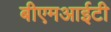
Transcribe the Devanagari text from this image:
बीएमआईटी